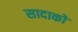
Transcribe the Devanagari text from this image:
सादाको